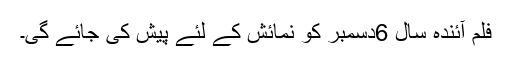
فلم آئندہ سال 6دسمبر کو نمائش کے لئے پیش کی جائے گی۔